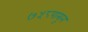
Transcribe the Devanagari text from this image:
७५८पासून